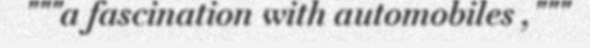
"""a fascination with automobiles ,"""